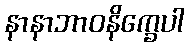
နာနာဘာဝနိက္ခေပါ